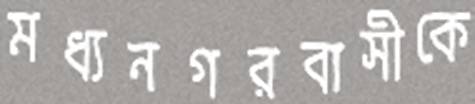
মধ্যনগরবাসীকে